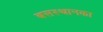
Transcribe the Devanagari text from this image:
बसस्थानका